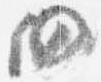
仍